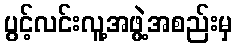
ပွင့်လင်းလူ့အဖွဲ့အစည်းမှ